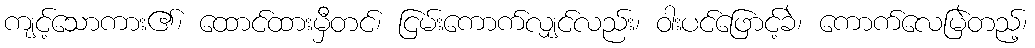
ကျင့်သောကား၏၊ ထောင်ထားမှီတင်၊ ငြမ်းကောက်လျှင်လည်း၊ ဝါးပင်ဖြောင့်ခဲ၊ ကောက်လေမြဲတည့်၊